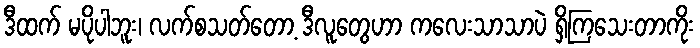
ဒီထက် မပိုပါဘူး၊ လက်စသတ်တော့ ဒီလူတွေဟာ ကလေးသာသာပဲ ရှိကြသေးတာကိုး